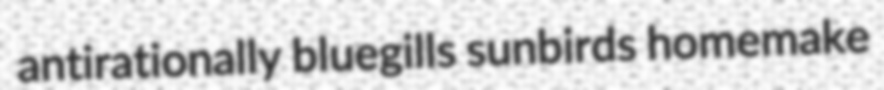
antirationally bluegills sunbirds homemake